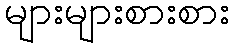
များများစားစား